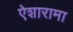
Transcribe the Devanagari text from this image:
ऐशारामा